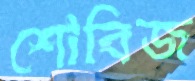
শোবিজ